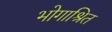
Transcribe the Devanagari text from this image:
भोगाश्रित